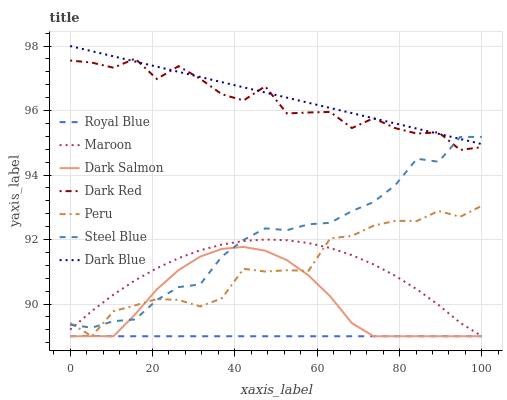
| xaxis_label | Royal Blue | Maroon | Dark Salmon | Dark Red | Peru | Steel Blue | Dark Blue |
 | --- | --- | --- | --- | --- | --- | --- | --- |
 | 0 | 89 | 89.2 | 89 | 97.6 | 89.4 | 89.4 | 98 |
 | 5.26 | 89 | 89.8 | 89 | 97.5 | 89 | 89.3 | 97.8 |
 | 10.5 | 89 | 90.3 | 89 | 97.3 | 89.8 | 89.5 | 97.7 |
 | 15.8 | 89 | 90.7 | 89.7 | 97.6 | 90 | 89.5 | 97.5 |
 | 21.1 | 89 | 91.1 | 90.5 | 97 | 90.2 | 90.1 | 97.4 |
 | 26.3 | 89 | 91.4 | 91.1 | 97.4 | 90.1 | 90.5 | 97.2 |
 | 31.6 | 89 | 91.7 | 91.5 | 97 | 89.9 | 90.6 | 97 |
 | 36.8 | 89 | 91.8 | 91.7 | 96.5 | 90.2 | 91.5 | 96.9 |
 | 42.1 | 89 | 92 | 91.8 | 96.3 | 91.1 | 92 | 96.7 |
 | 47.4 | 89 | 92 | 91.7 | 96.8 | 91 | 92.3 | 96.6 |
 | 52.6 | 89 | 92 | 91.4 | 95.9 | 91 | 92.3 | 96.4 |
 | 57.9 | 89 | 91.9 | 90.9 | 95.9 | 91 | 92.5 | 96.2 |
 | 63.2 | 89 | 91.7 | 90.2 | 96 | 92 | 92.5 | 96.1 |
 | 68.4 | 89 | 91.5 | 89.4 | 95.5 | 92.1 | 92.9 | 95.9 |
 | 73.7 | 89 | 91.2 | 89 | 95.8 | 92.4 | 93.2 | 95.8 |
 | 78.9 | 89 | 90.9 | 89 | 95.5 | 92.6 | 93.7 | 95.6 |
 | 84.2 | 89 | 90.5 | 89 | 95.3 | 92.6 | 94.5 | 95.4 |
 | 89.5 | 89 | 90 | 89 | 95.3 | 92.9 | 94.4 | 95.3 |
 | 94.7 | 89 | 89.4 | 89 | 94.8 | 92.7 | 95.2 | 95.1 |
 | 100 | 89 | 89 | 89 | 94.9 | 93 | 95.2 | 95 |